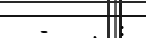
-